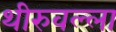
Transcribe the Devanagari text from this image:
थीरुवल्ला